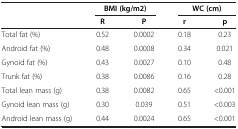
<table><thead><tr><td><b> </b></td><td colspan="2"><b>BMI (kg/m2)</b></td><td colspan="2"><b>WC (cm)</b></td></tr><tr><td><b> </b></td><td><b>R</b></td><td><b>P</b></td><td><b>r</b></td><td><b>p</b></td></tr></thead><tbody><tr><td>Total fat (%)</td><td>0.52</td><td>0.0002</td><td>0.18</td><td>0.23</td></tr><tr><td>Android fat (%)</td><td>0.48</td><td>0.0008</td><td>0.34</td><td>0.021</td></tr><tr><td>Gynoid fat (%)</td><td>0.43</td><td>0.0027</td><td>0.10</td><td>0.48</td></tr><tr><td>Trunk fat (%)</td><td>0.38</td><td>0.0086</td><td>0.16</td><td>0.28</td></tr><tr><td>Total lean mass (g)</td><td>0.38</td><td>0.0082</td><td>0.65</td><td>&lt;0.001</td></tr><tr><td>Gynoid lean mass (g)</td><td>0.30</td><td>0.039</td><td>0.51</td><td>&lt;0.003</td></tr><tr><td>Android lean mass (g)</td><td>0.44</td><td>0.0024</td><td>0.65</td><td>&lt;0.001</td></tr></tbody></table>